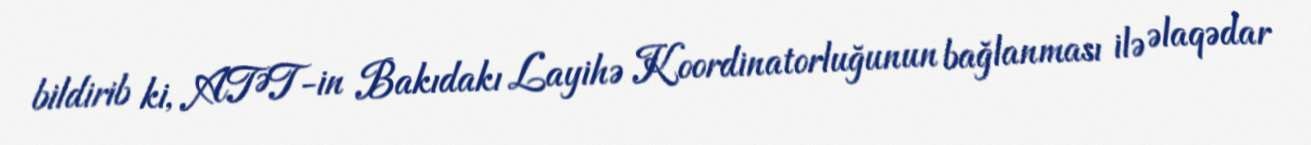
bildirib ki, ATƏT-in Bakıdakı Layihə Koordinatorluğunun bağlanması ilə əlaqədar